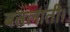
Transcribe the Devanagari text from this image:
बतलाती।